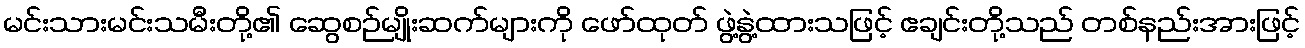
မင်းသားမင်းသမီးတို့၏ ဆွေစဉ်မျိုးဆက်များကို ဖော်ထုတ် ဖွဲ့နွဲ့ထားသဖြင့် ဧချင်းတို့သည် တစ်နည်းအားဖြင့်